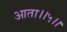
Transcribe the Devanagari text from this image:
आता।।५।।